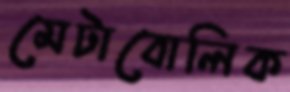
মেটাবোলিক